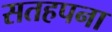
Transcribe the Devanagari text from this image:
सतहपना